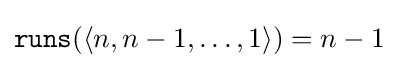
{\mathtt {runs}}(\langle n,n-1,\dots ,1\rangle )=n-1